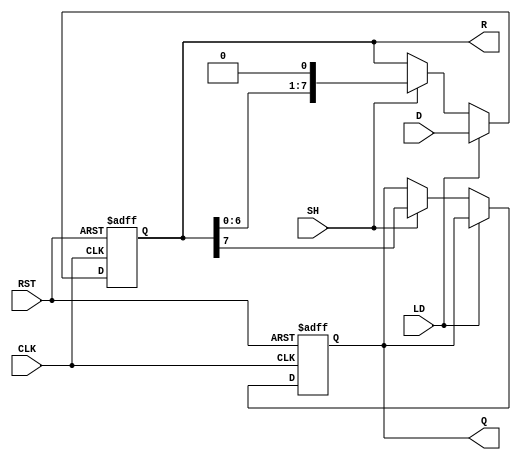
module PISO_Register (
    input wire [7:0] D,      // Parallel data input
    input wire LD,           // Load control signal
    input wire SH,           // Shift control signal
    input wire CLK,          // Clock signal
    input wire RST,          // Asynchronous reset signal
    output reg Q,            // Serial output
    output reg [7:0] R       // Register state output
);

    // Asynchronous reset
    always @(posedge CLK or posedge RST) begin
        if (RST) begin
            R <= 8'b00000000; // Clear register state
            Q <= 1'b0;        // Clear serial output
        end else begin
            if (LD) begin
                R <= D;       // Load data into register
            end else if (SH) begin
                Q <= R[7];    // Shift out the MSB to Q
                R <= {R[6:0], 1'b0}; // Shift left and fill with 0
            end
        end
    end

endmodule